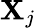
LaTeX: \mathbf{X}_{j}